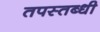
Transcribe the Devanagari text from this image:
तपस्तब्धी